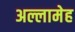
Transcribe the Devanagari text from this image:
अल्लामेह